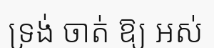
ទ្រង់ ចាត់ ឱ្យ អស់